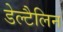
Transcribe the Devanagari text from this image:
डेल्टैलिन